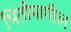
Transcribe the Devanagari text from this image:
भिंतीमागील